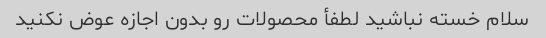
سلام خسته نباشید لطفأ محصولات رو بدون اجازه عوض نکنید